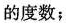
的度数；